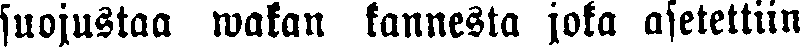
suojustaa wakan kannesta joka asetettiin